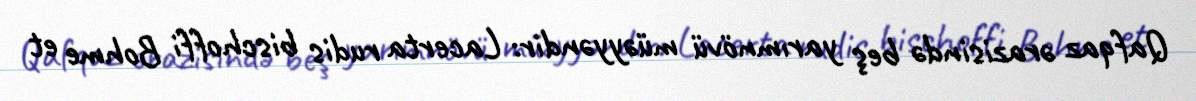
Qafqaz ərazisində beş yarımnövü müəyyəndir: Lacerta rudis bischoffi Bohme et